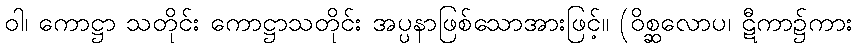
ဝါ၊ ကောဋ္ဌာ သတိုင်း ကောဋ္ဌာသတိုင်း အပ္ပနာဖြစ်သောအားဖြင့်။ (ဝိစ္ဆလောပ၊ ဋီကာ၌ကား